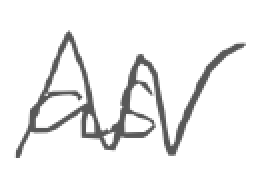
Text: as
Cross-out: zig-zag
Writing tool: digital_gray